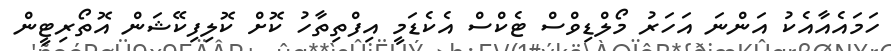
ހަމައެއާއެކު އަންނަ އަހަރު މޯލްޑިވްސް ޓެކްސް އެކެޑަމީ އިފްތިތާހު ކޮށް ކޮލިފިކޭޝަން އޮތޯރިޓީން